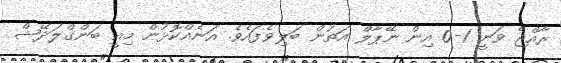
ރާއްޖެ ވަނީ 1-0 އިން ނޭޕާލް އަތުން ބަލިވެފައެވެ. އަނެއްކޮޅުން މިއީ ބަންގްލަދޭޝް